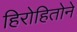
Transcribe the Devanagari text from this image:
हिरोहितोने